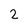
Character: 2